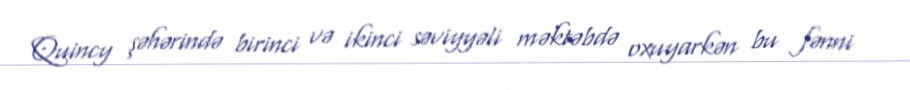
Quincy şəhərində birinci və ikinci səviyyəli məktəbdə oxuyarkən bu fənni